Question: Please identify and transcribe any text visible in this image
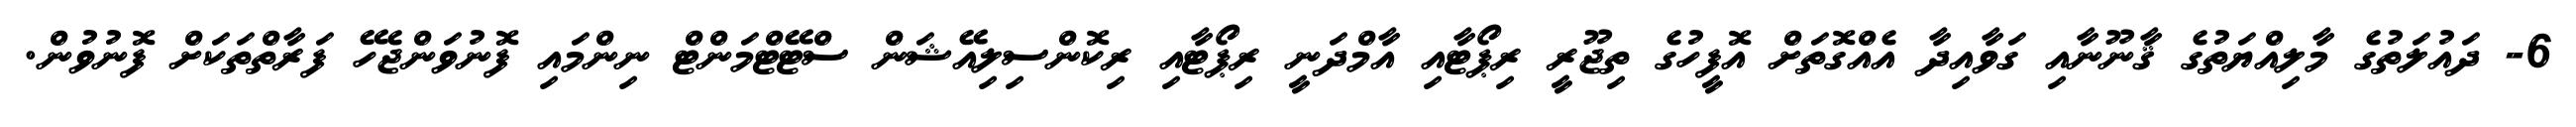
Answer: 6- ދައުލަތުގެ މާލިއްޔަތުގެ ޤާނޫނާއި ގަވާއިދާ އެއްގޮތަށް އޮފީހުގެ ތިޖޫރީ ރިޕޯޓާއި އާމްދަނީ ރިޕޯޓާއި ރިކޮންސިލިއޭޝަން ސްޓޭޓްމަންޓް ނިންމައި ފޮނުވަންޖެހޭ ފަރާތްތަކަށް ފޮނުވުން.